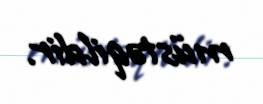
müstəqildir.